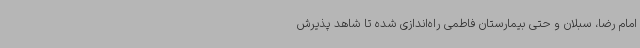
امام رضا، سبلان و حتی بیمارستان فاطمی راه‌اندازی شده تا شاهد پذیرش